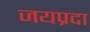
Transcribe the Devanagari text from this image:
जयप्रदा